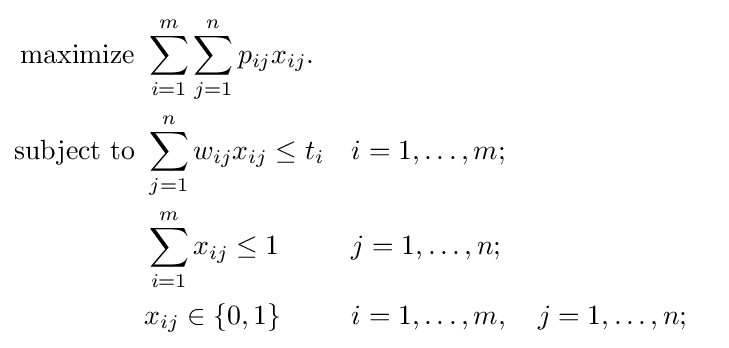
{\begin{aligned}{\text{maximize }}&\sum _{i=1}^{m}\sum _{j=1}^{n}p_{ij}x_{ij}.\\{\text{subject to }}&\sum _{j=1}^{n}w_{ij}x_{ij}\leq t_{i}&&i=1,\ldots ,m;\\&\sum _{i=1}^{m}x_{ij}\leq 1&&j=1,\ldots ,n;\\&x_{ij}\in \{0,1\}&&i=1,\ldots ,m,\quad j=1,\ldots ,n;\end{aligned}}